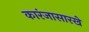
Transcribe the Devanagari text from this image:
कारंजासारखे